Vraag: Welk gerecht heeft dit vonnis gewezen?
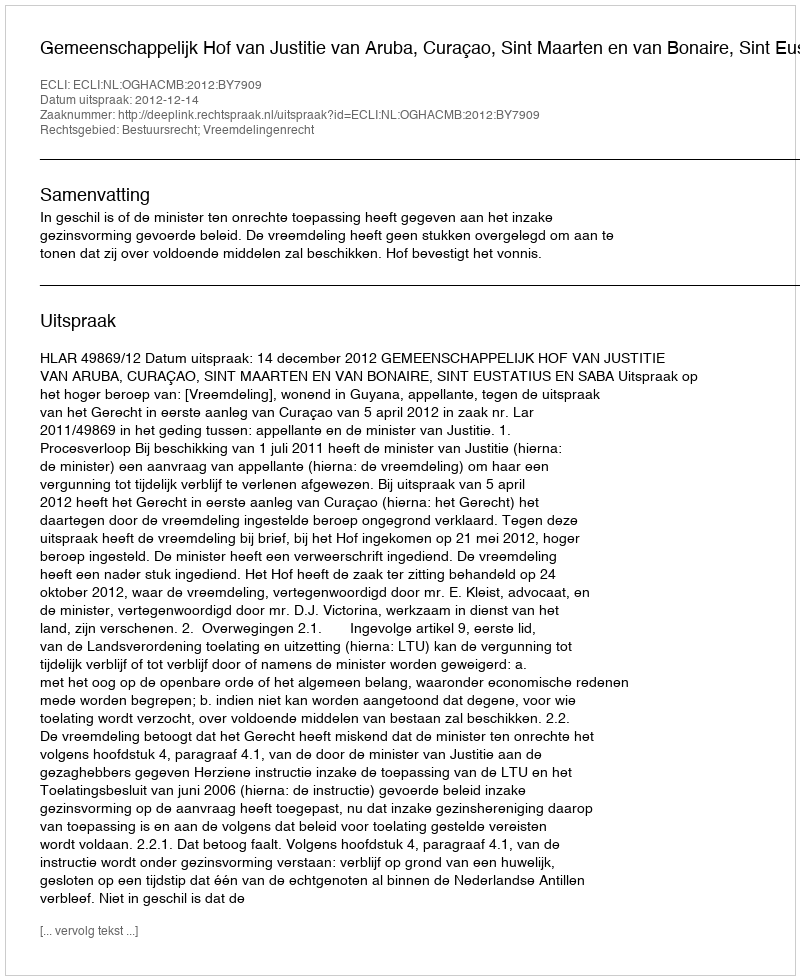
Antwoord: Gemeenschappelijk Hof van Justitie van Aruba, Curaçao, Sint Maarten en van Bonaire, Sint Eustatius en Saba